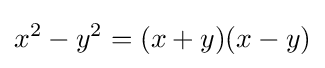
x^{2}-y^{2}=(x+y)(x-y)